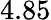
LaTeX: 4.85